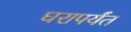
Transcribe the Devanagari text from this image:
घरापर्यंत